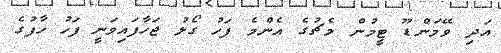
އަދި ވޭމަންޑޫ ޓީމުން މެޗުގެ އެންމެ ފަހު ގޯލު ޖަހާފައިވަނީ ފަހު ހާފުގެ